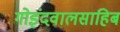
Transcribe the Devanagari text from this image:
गोइंदवालसाहिब